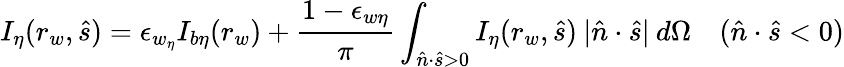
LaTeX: I_{\eta}(r_{w},\hat{s})=\epsilon_{w_{\eta}}I_{b\eta}(r_{w})+\frac{1-\epsilon_{w\eta}}{\pi}\int_{\hat{n}\cdot\hat{s}>0}I_{\eta}(r_{w},\hat{s})\: |\hat{n}\cdot\hat{s}|\: d\Omega\quad(\hat{n}\cdot\hat{s}<0)